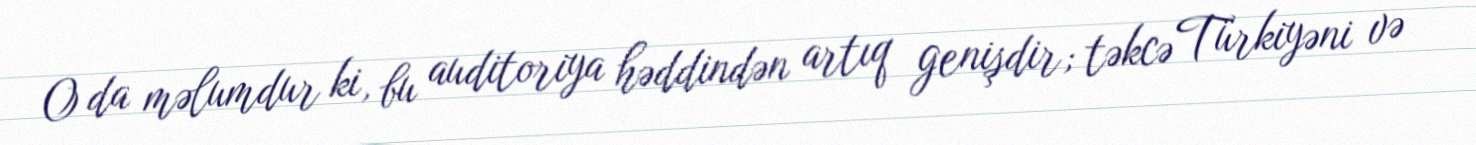
O da məlumdur ki, bu auditoriya həddindən artıq genişdir; təkcə Türkiyəni və